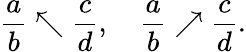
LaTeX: {\frac{a}{b}}\nwarrow{\frac{c}{d}},\quad{\frac{a}{b}}\nearrow{\frac{c}{d}}.